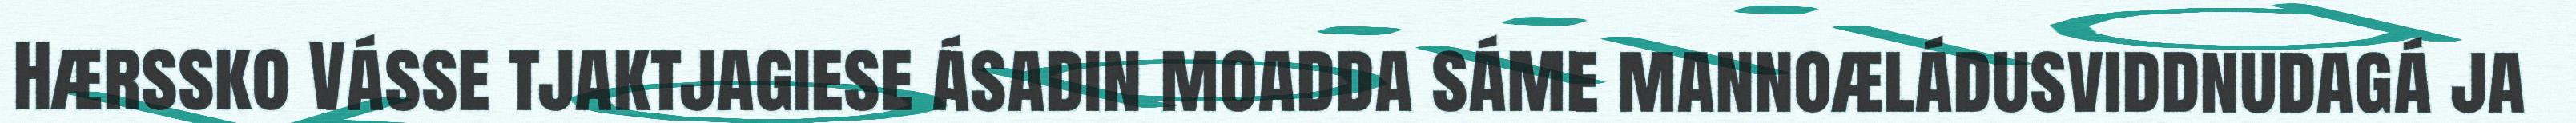
Hærssko Vásse tjaktjagiese ásadin moadda sáme mannoæládusviddnudagá ja